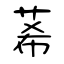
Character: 莃